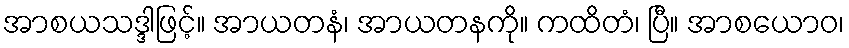
အာစယသဒ္ဒါဖြင့်။ အာယတနံ၊ အာယတနကို။ ကထိတံ၊ ပြီ။ အာစယောဝ၊